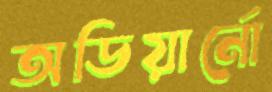
অডিয়ার্নো